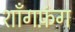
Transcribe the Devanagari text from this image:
शाँगफ़ंग